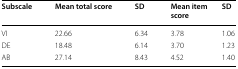
<table><thead><tr><td><b>Subscale</b></td><td><b>Mean total score</b></td><td><b>SD</b></td><td><b>Mean item score</b></td><td><b>SD</b></td></tr></thead><tbody><tr><td>VI</td><td>22.66</td><td>6.34</td><td>3.78</td><td>1.06</td></tr><tr><td>DE</td><td>18.48</td><td>6.14</td><td>3.70</td><td>1.23</td></tr><tr><td>AB</td><td>27.14</td><td>8.43</td><td>4.52</td><td>1.40</td></tr></tbody></table>